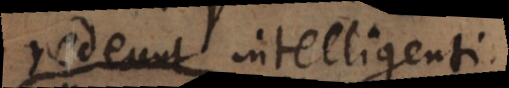
redeunt intelligenti.